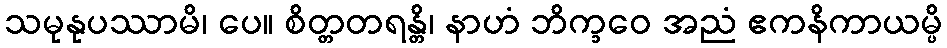
သမုနုပဿာမိ၊ ပေ။ စိတ္တတရန္တိ၊ နာဟံ ဘိက္ခဝေ အညံ ဧကနိကာယမ္ပိ